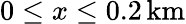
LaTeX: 0\leq x\leq 0.2\, \mathrm{km}